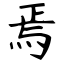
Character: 焉